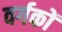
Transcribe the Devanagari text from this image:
वर्गकों